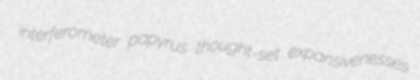
interferometer papyrus thought-set expansivenesses